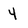
Character: 4